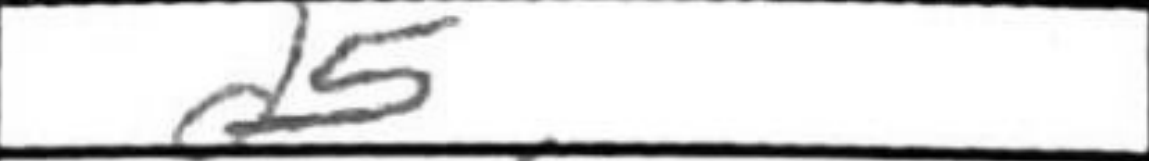
Transcription: d5